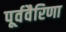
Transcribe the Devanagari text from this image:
पूर्ववैरिणा